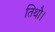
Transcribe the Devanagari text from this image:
तिथौ।